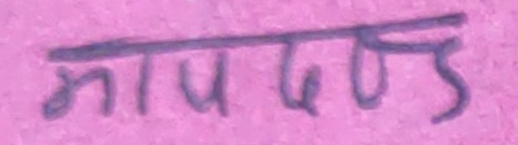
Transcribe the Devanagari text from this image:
मापदण्ड